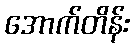
အောက်တိန်း